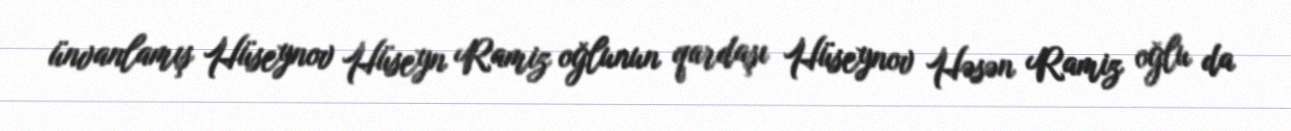
ünvanlamış Hüseynov Hüseyn Ramiz oğlunun qardaşı Hüseynov Həsən Ramiz oğlu da